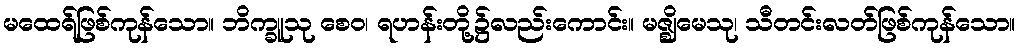
မထေရ်ဖြစ်ကုန်သော။ ဘိက္ခူသု စေဝ၊ ရဟန်းတို့၌လည်းကောင်း။ မဇ္ဈိမေသု၊ သီတင်းလတ်ဖြစ်ကုန်သော။